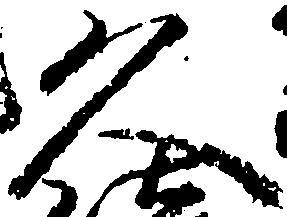
久